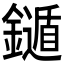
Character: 𨮐